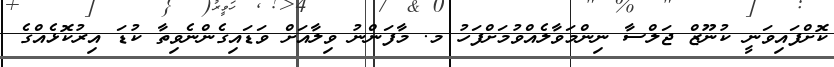
ކޮށްފައިވަނީ ކުނޫޒް ޖަލްސާ ނިންމަވާލެއްވުމަށްފަހު މ. މާފަންނު ވިލާއަށް ވަޑައިގެންނެވިތާ ކުޑަ އިރުކޮޅެއްގެ